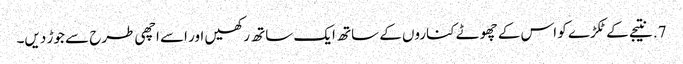
7. نتیجے کے ٹکڑے کو اس کے چھوٹے کناروں کے ساتھ ایک ساتھ رکھیں اور اسے اچھی طرح سے جوڑ دیں۔